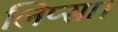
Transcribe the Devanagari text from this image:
लिप्सा।